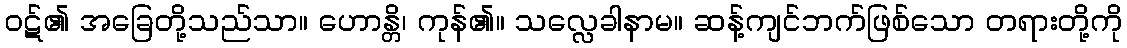
ဝဋ်၏ အခြေတို့သည်သာ။ ဟောန္တိ၊ ကုန်၏။ သလ္လေခါနာမ။ ဆန့်ကျင်ဘက်ဖြစ်သော တရားတို့ကို